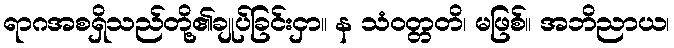
ရာဂအစရှိသည်တို့၏ချုပ်ခြင်းငှာ။ န သံဝတ္တတိ၊ မဖြစ်။ အဘိညာယ၊